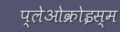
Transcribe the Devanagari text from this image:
प्लेओक्रोइस्म